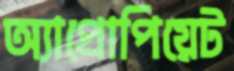
অ্যাপ্রোপিয়েট